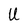
Character: U